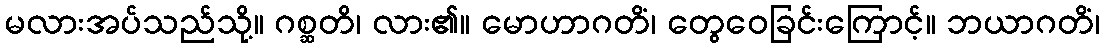
မလားအပ်သည်သို့။ ဂစ္ဆတိ၊ လား၏။ မောဟာဂတိံ၊ တွေဝေခြင်းကြောင့်။ ဘယာဂတိံ၊